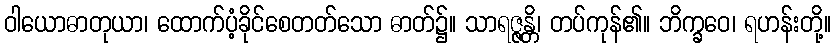
ဝါယောဓာတုယာ၊ ထောက်ပံ့ခိုင်စေတတ်သော ဓာတ်၌။ သာရဇ္ဇန္တိ၊ တပ်ကုန်၏။ ဘိက္ခဝေ၊ ရဟန်းတို့။